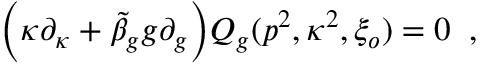
\Bigl ( \kappa \partial _ { \kappa } + \tilde { \beta } _ { g } g \partial _ { g } \Bigr ) Q _ { g } ( p ^ { 2 } , \kappa ^ { 2 } , \xi _ { o } ) = 0 \; \; ,